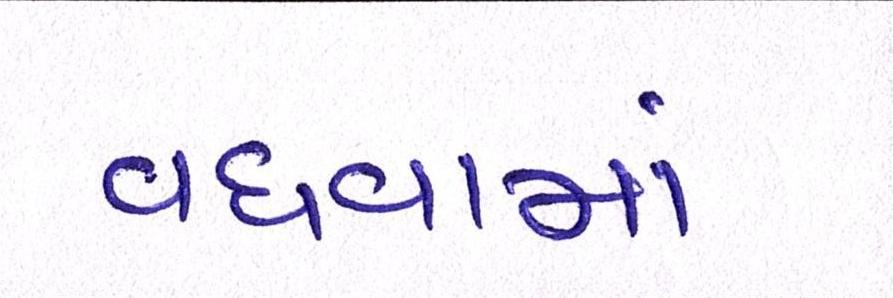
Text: વધવામાં